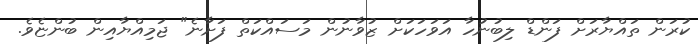
ކުރަން ތައްޔާރަށް ފަންޑް ލިބުނުހާ އަވަހަކަށް ޒުވާނުން މަސައްކަތް ފަށާނެ" ޖަމިއްޔާއިން ބުންޏެވެ.